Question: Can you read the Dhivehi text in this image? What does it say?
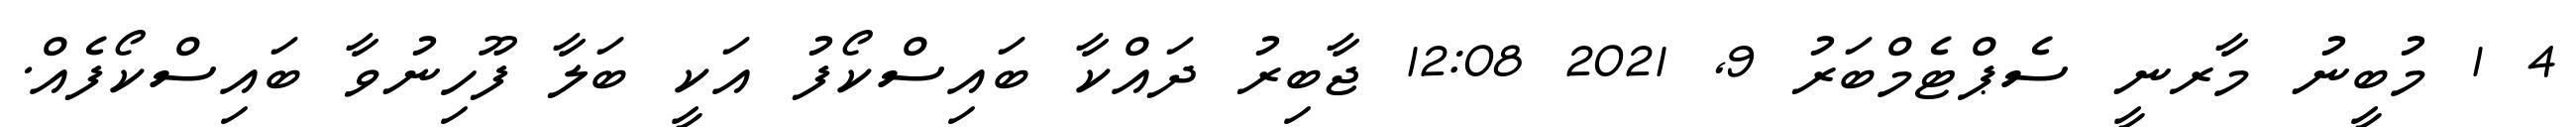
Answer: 4 1 މުބީނު މާރނީ ސެޕްޓެމްބަރު 9, 2021 12:08 ޖާބިރު ދައްކާ ބައިސްކޯފު އަކީ ބަލާ ފޫހިނުވާ ބައިސްކޯފެއް.